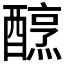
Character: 𨢶